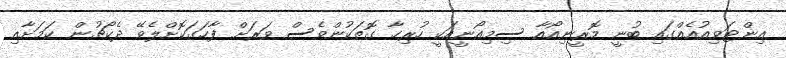
އިންޓަވިއުއެއްގައި ބުނީ މޮރީނިއޯއާ ސިމިއޯނީއަކީ ހުރިހާ ގޮތަކުންވެސް ވަރަށް ފާހަގަކޮށްލެވޭ ދެކޯޗުން ކަމަށާއި